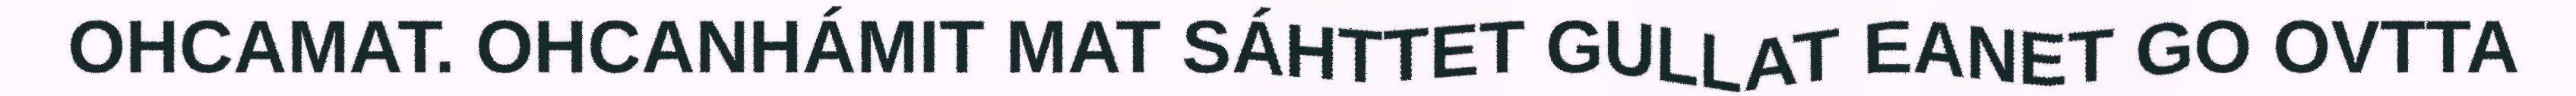
OHCAMAT. OHCANHÁMIT MAT SÁHTTET GULLAT EANET GO OVTTA